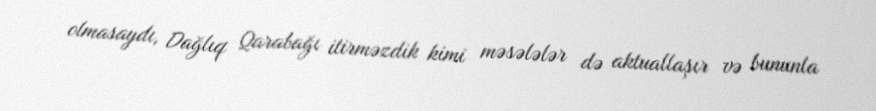
olmasaydı, Dağlıq Qarabağı itirməzdik kimi məsələlər də aktuallaşır və bununla